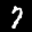
Label: 7